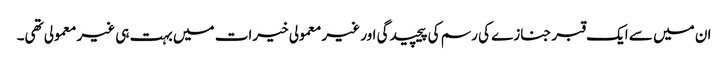
ان میں سے ایک قبر جنازے کی رسم کی پیچیدگی اور غیر معمولی خیرات میں بہت ہی غیر معمولی تھی۔